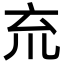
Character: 㐬